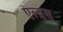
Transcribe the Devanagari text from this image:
एल्ब्रस